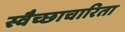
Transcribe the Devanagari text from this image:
स्वैच्छाचारिता